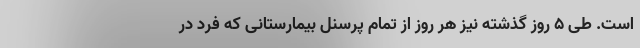
است. طی ۵ روز گذشته نیز هر روز از تمام پرسنل بیمارستانی که فرد در